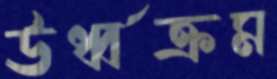
ঊর্ধ্বক্রম